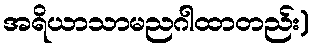
အရိယာသာမညဂါထာတည်း)